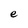
Character: e